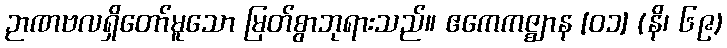
ဉာဏဗလရှိတော်မူသော မြတ်စွာဘုရားသည်။ ဧကေကဇ္ဈာန [၀၁] (နိ၊ ၆၉)